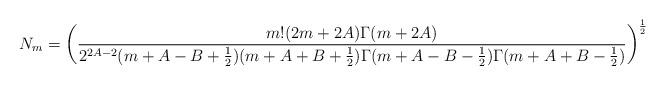
LaTeX: \begin{align*}N_m=\left(\frac{m!(2m+2A)\Gamma(m+2A)}{2^{2A-2}(m+A-B+\frac{1}{2})(m+A+B+\frac{1}{2})\Gamma(m+A-B-\frac{1}{2})\Gamma(m+A+B-\frac{1}{2})}\right)^{\frac{1}{2}}\end{align*}